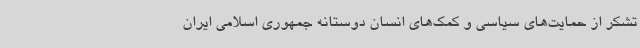
تشکر از حمایت‌های سیاسی و کمک‌های انسان دوستانه جمهوری اسلامی ایران